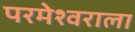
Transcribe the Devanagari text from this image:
परमेश्‍वराला